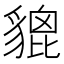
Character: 貔